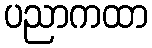
ပညာကထာ